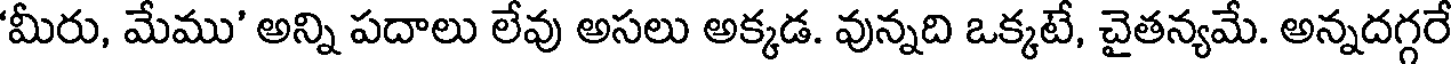
'మీరు, మేము' అన్ని పదాలు లేవు అసలు అక్కడ. వున్నది ఒక్కటే, చైతన్యమే. అన్నదగ్గరే